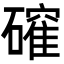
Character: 𮁎